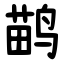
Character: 鹋